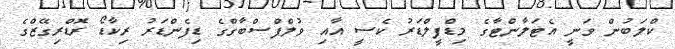
ކްލަބުން ވަނީ އެޓަލާންޓާގެ މިޑްފީލްޑަރު ކެސީ އާއި ވުލްފްސްބާގްގެ ޑިފެންޑަރު ރިކާޑޯ ރޮޑްރިގޭޒްގެ